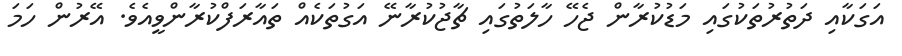
އަގަކާއި ދަތުރުތަކުގައި މަޑުކުރާން ޖެހޭ ހާލަތުގައި ޗާޖުކުރާނޭ އަގުތަކެއް ތައާރަފްކުރާންވީއެވެ. އޭރުން ހަމަ